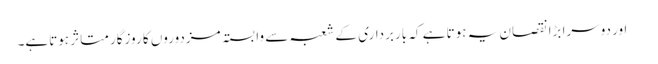
 اور دوسرا بڑا نقصان یہ ہوتا ہے کہ باربرداری کے شعبہ سے وابستہ مزدوروں کا روزگار متاثر ہوتاہے۔